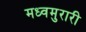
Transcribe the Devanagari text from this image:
मध्वमुरारी